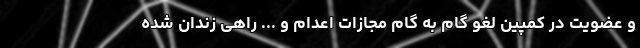
و عضویت در کمپین لغو گام به گام مجازات اعدام و ... راهی زندان شده